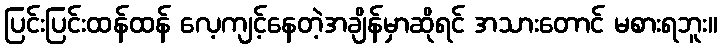
ပြင်းပြင်းထန်ထန် လေ့ကျင့်နေတဲ့အချိန်မှာဆိုရင် အသားတောင် မစားရဘူး။